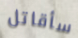
سأقاتل